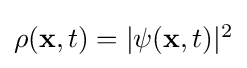
{\textstyle \rho (\mathbf {x} ,t)=|\psi (\mathbf {x} ,t)|^{2}}